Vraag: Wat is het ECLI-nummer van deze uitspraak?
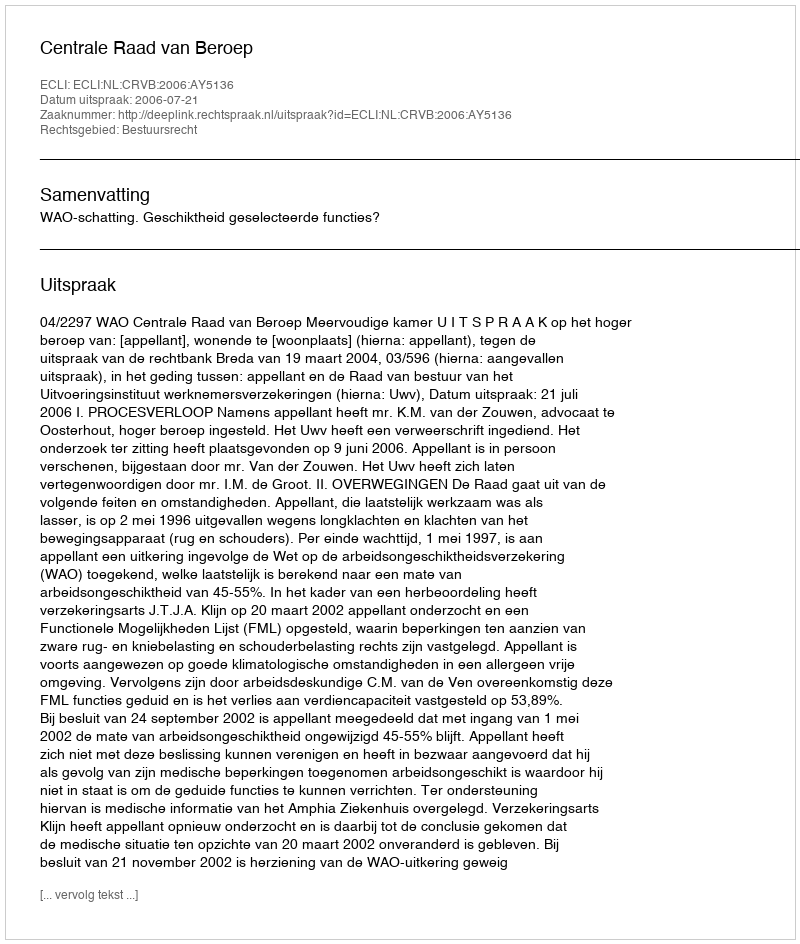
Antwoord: ECLI:NL:CRVB:2006:AY5136